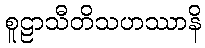
စူဠာသီတိသဟဿာနိ